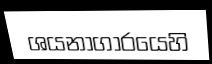
ශයනාගාරයෙහි